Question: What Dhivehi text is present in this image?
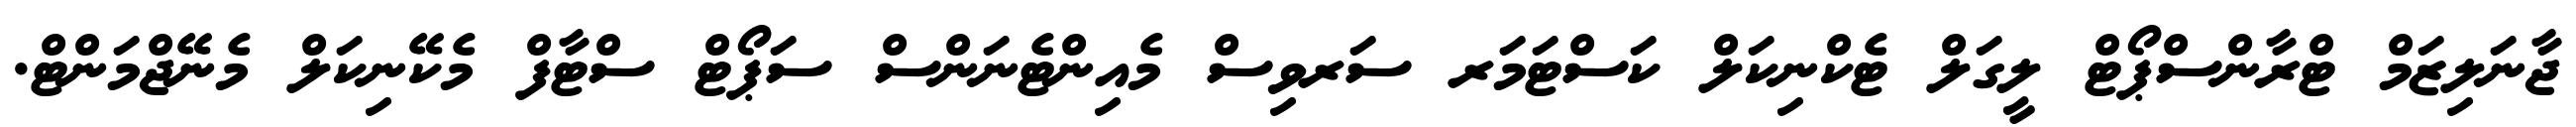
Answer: ޖާނަލިޒަމް ޓްރާންސްޕޯޓް ލީގަލް ޓެކްނިކަލް ކަސްޓަމަރ ސަރވިސް މެއިންޓެނަންސް ސަޕޯޓް ސްޓާފް މެކޭނިކަލް މެނޭޖްމަންޓް.